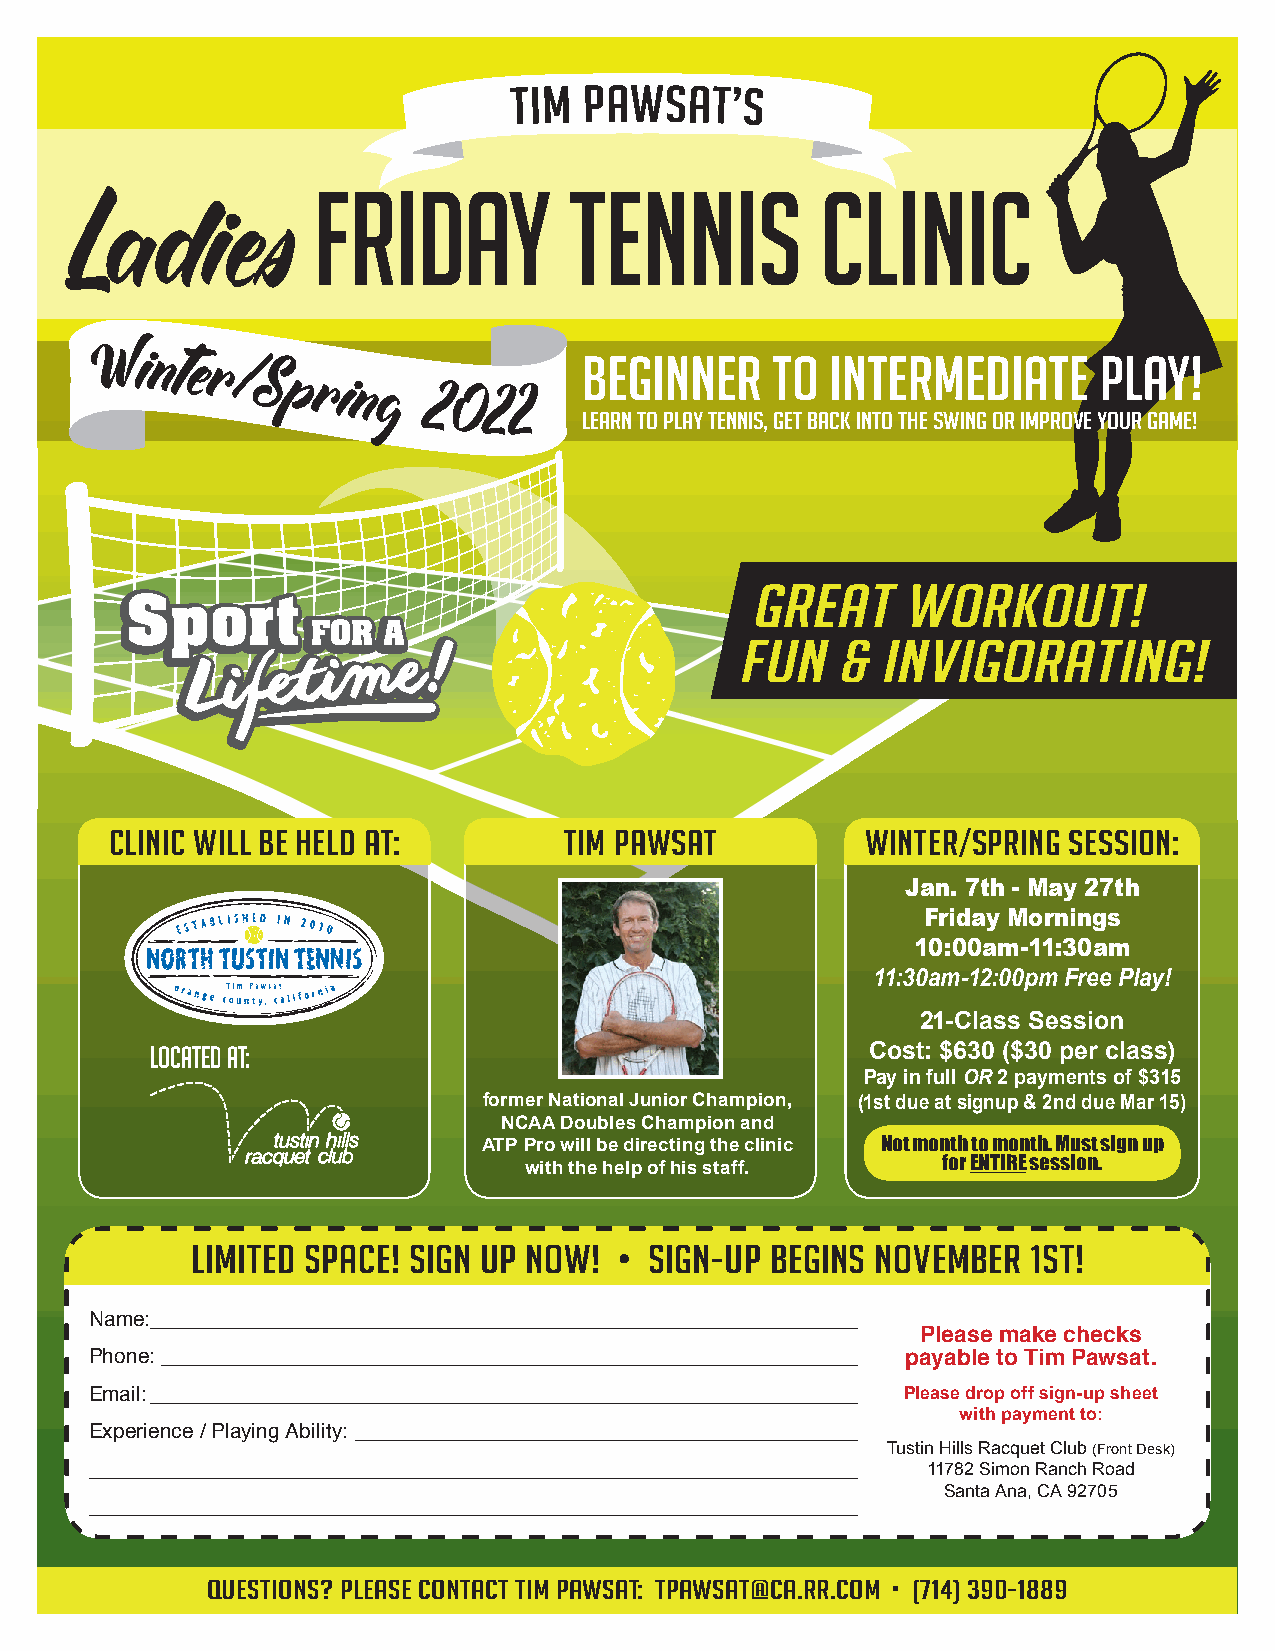
Tim  Pawsat’s
 Ladies
 Friday           Tennis          Clinic
 Winter/Spring
 2022
 Beginner    to  Intermediate      Play!
 Learn to Play Tennis, Get Back into the Swing or Improve Your Game!
 GREAT     WORKOUT!
 FUN   &  INVIGORATING!
 CLINIC WILL BE HELD AT:       TIM PAWSAT          WINTER/SPRING SESSION:
 Jan. 7th - May 27th
 Friday Mornings
 10:00am-11:30am
 11:30am-12:00pm Free Play!
 21-Class Session
 LOCATed at:                                     Cost: $630 ($30 per class)
 Pay in full OR 2 payments of $315
 former National Junior Champion, (1st due at signup & 2nd due Mar 15)
 NCAA Doubles Champion and
 ATP Pro will be directing the clinic Not month to month. Must sign up
 for ENTIRE session.
 with the help of his staff.
 LIMITED SPACE! SIGN UP NOW!   SIGN-UP BEGINS NOVEMBER  1ST!
 •
 Name: _____________________________________________________________________
 Please make checks
 Phone: ____________________________________________________________________ payable to Tim Pawsat.
 Email: _____________________________________________________________________ Please drop off sign-up sheet
 with payment to:
 Experience / Playing Ability: _________________________________________________
 Tustin Hills Racquet Club (Front Desk)
 ___________________________________________________________________________ 11782 Simon Ranch Road
 Santa Ana, CA 92705
 ___________________________________________________________________________
 Questions? Please contact Tim Pawsat: tpawsat@ca.rr.com • (714) 390-1889